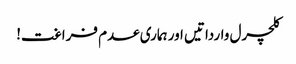
کلچرل وارداتیں اور ہماری عدم فراغت!